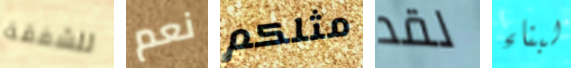
للشفقة نعم مثلكم لقد لبناء